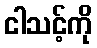
ငါသင့်ကို